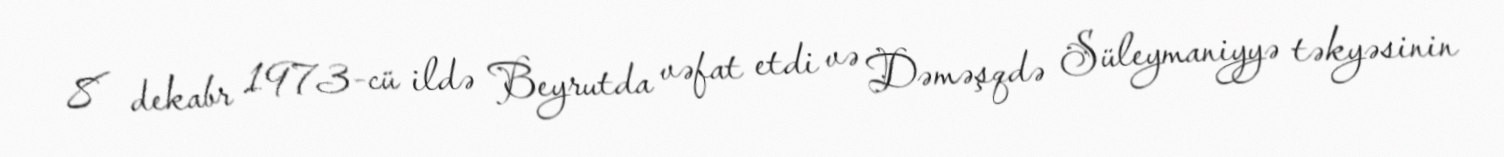
8 dekabr 1973-cü ildə Beyrutda vəfat etdi və Dəməşqdə Süleymaniyyə təkyəsinin